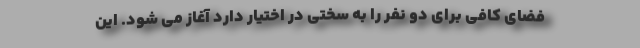
فضای کافی برای دو نفر را به سختی در اختیار دارد آغاز می شود. این